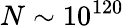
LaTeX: N\sim 10^{120}